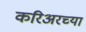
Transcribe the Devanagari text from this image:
करिअरच्या